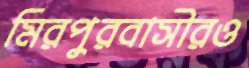
মিরপুরবাসীরও